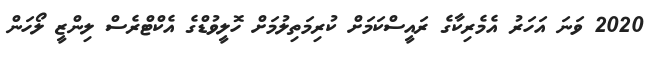
2020 ވަނަ އަަހަރު އެމެރިކާގެ ރައީސްކަމަށް ކުރިމަތިލުމަށް ހޮލީވުޑްގެ އެކްޓްރެސް ލިންޒީ ލޯހަން